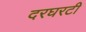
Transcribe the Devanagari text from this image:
दरघरटी